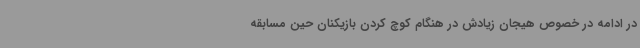
در ادامه در خصوص هیجان زیادش در هنگام کوچ کردن بازیکنان حین مسابقه